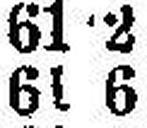
61 6